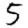
Digit: 5